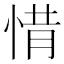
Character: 𢛻